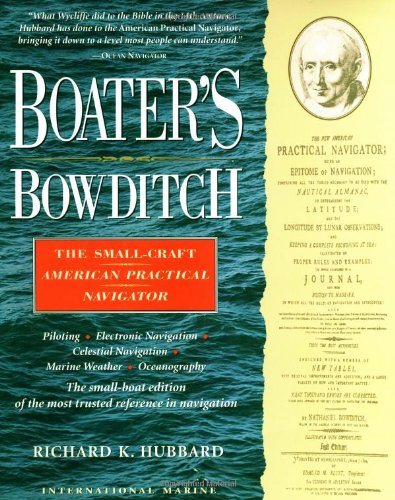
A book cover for Boater's Bowditch: The Small Craft American Practical Navigator; Richard Hubbard; Engineering & Transportation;